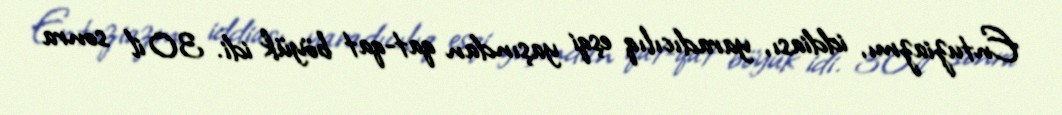
Entuziazmı, iddiası, yaradıcılıq eşqi yaşından qat-qat böyük idi. 30 il sonra